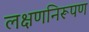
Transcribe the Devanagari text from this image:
लक्षणनिरूपण